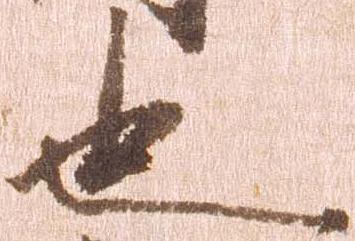
也